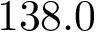
1 3 8 . 0